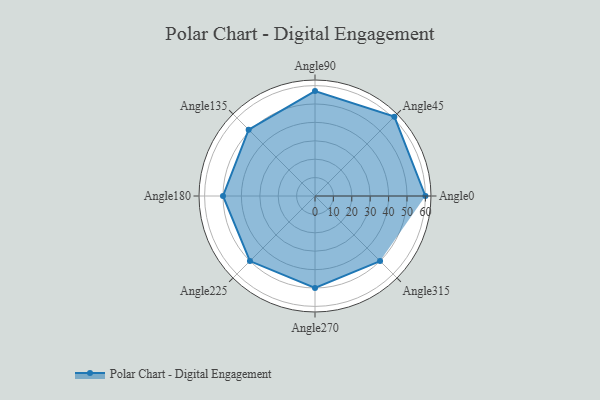
{"axis": {"x": "Angle", "y": "Radius"}, "legend": [""], "data": [{"x": "Angle0", "y": 60.0, "type": ""}, {"x": "Angle45", "y": 61.0, "type": ""}, {"x": "Angle90", "y": 57.0, "type": ""}, {"x": "Angle135", "y": 51.0, "type": ""}, {"x": "Angle180", "y": 50, "type": ""}, {"x": "Angle225", "y": 50, "type": ""}, {"x": "Angle270", "y": 50, "type": ""}, {"x": "Angle315", "y": 50, "type": ""}]}